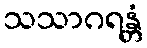
သသာဂရန္တံ